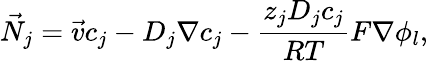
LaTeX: \vec{N}_{j}=\vec{v}c_{j}-D_{j}\nabla c_{j}-\frac{z_{j}D_{j}c_{j}}{RT}F\nabla\phi_{l},